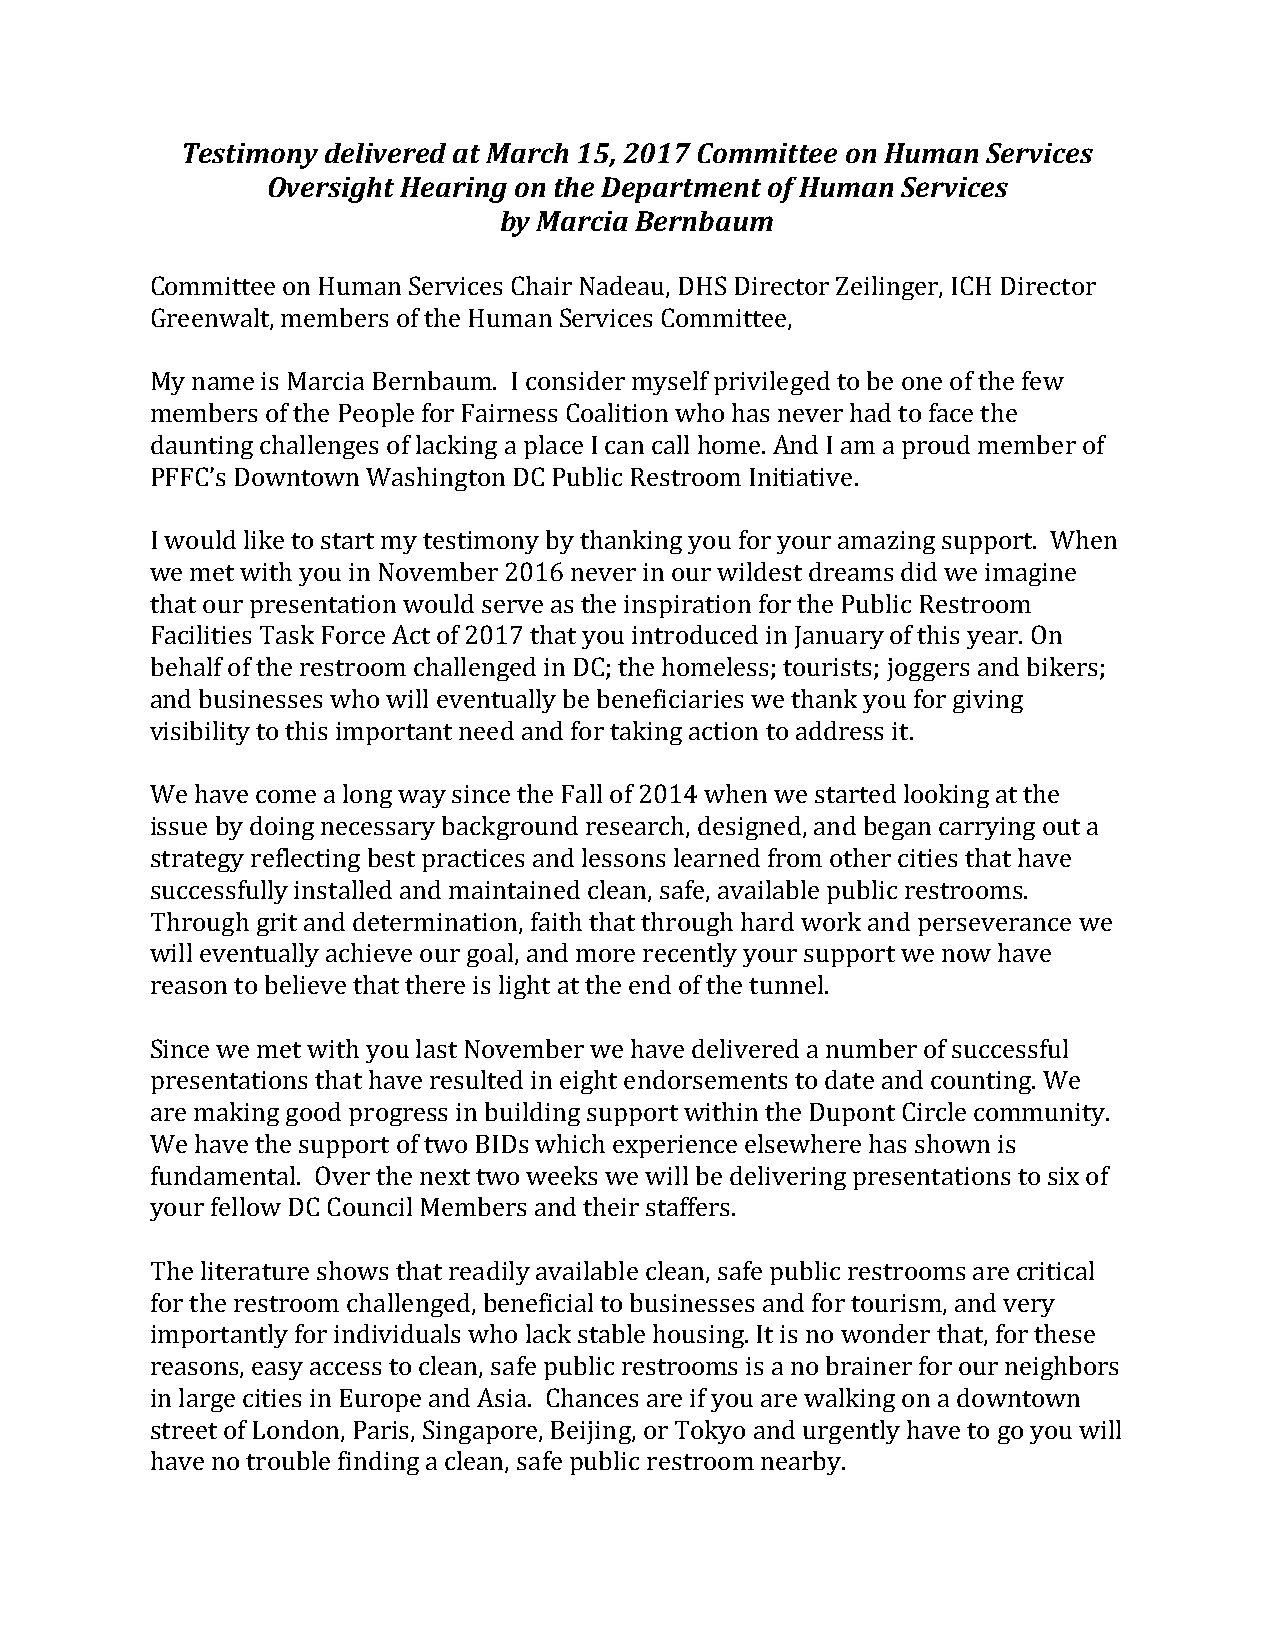
Testimony delivered at March 15, 2017 Committee on Human Services
 Oversight Hearing on the Department of Human Services
 by Marcia Bernbaum
 Committee on Human Services Chair Nadeau, DHS Director Zeilinger, ICH Director
 Greenwalt, members of the Human Services Committee,
 My name is Marcia Bernbaum. I consider myself privileged to be one of the few
 members of the People for Fairness Coalition who has never had to face the
 daunting challenges of lacking a place I can call home. And I am a proud member of
 PFFC’s Downtown Washington DC Public Restroom Initiative.
 I would like to start my testimony by thanking you for your amazing support. When
 we met with you in November 2016 never in our wildest dreams did we imagine
 that our presentation would serve as the inspiration for the Public Restroom
 Facilities Task Force Act of 2017 that you introduced in January of this year. On
 behalf of the restroom challenged in DC; the homeless; tourists; joggers and bikers;
 and businesses who will eventually be beneficiaries we thank you for giving
 visibility to this important need and for taking action to address it.
 We have come a long way since the Fall of 2014 when we started looking at the
 issue by doing necessary background research, designed, and began carrying out a
 strategy reflecting best practices and lessons learned from other cities that have
 successfully installed and maintained clean, safe, available public restrooms.
 Through grit and determination, faith that through hard work and perseverance we
 will eventually achieve our goal, and more recently your support we now have
 reason to believe that there is light at the end of the tunnel.
 Since we met with you last November we have delivered a number of successful
 presentations that have resulted in eight endorsements to date and counting. We
 are making good progress in building support within the Dupont Circle community.
 We have the support of two BIDs which experience elsewhere has shown is
 fundamental. Over the next two weeks we will be delivering presentations to six of
 your fellow DC Council Members and their staffers.
 The literature shows that readily available clean, safe public restrooms are critical
 for the restroom challenged, beneficial to businesses and for tourism, and very
 importantly for individuals who lack stable housing. It is no wonder that, for these
 reasons, easy access to clean, safe public restrooms is a no brainer for our neighbors
 in large cities in Europe and Asia. Chances are if you are walking on a downtown
 street of London, Paris, Singapore, Beijing, or Tokyo and urgently have to go you will
 have no trouble finding a clean, safe public restroom nearby.